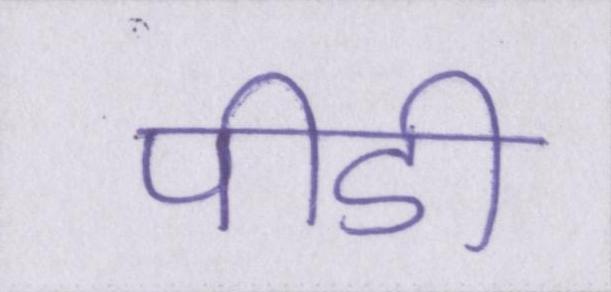
पीडी